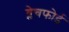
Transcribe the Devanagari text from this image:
ब्लेचफोर्ड